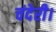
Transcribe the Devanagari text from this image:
चंदेरी।